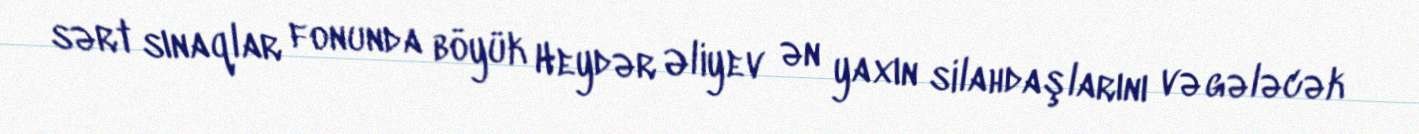
sərt sınaqlar fonunda böyük Heydər Əliyev ən yaxın silahdaşlarını və gələcək